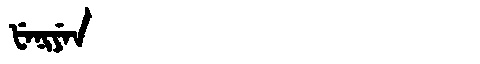
Manchu: ᡶᡝᠨᡳᠶᡝᠨ
Romanization: FENIYEN